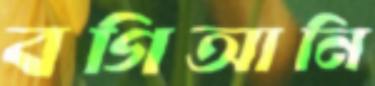
বগিআনি